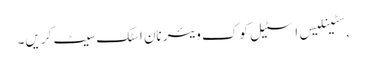
,سٹینلیس اسٹیل کوک ویئر نان اسٹک سیٹ کریں۔